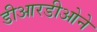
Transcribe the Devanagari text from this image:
डीआरडीओने